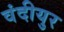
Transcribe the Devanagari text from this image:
वंदीयुर